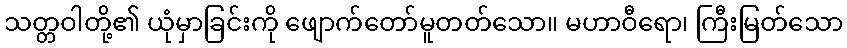
သတ္တဝါတို့၏ ယုံမှာခြင်းကို ဖျောက်တော်မူတတ်သော။ မဟာဝီရော၊ ကြီးမြတ်သော